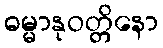
ဓမ္မာနုဝတ္တိနော